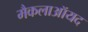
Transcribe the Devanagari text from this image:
मैकलाऑयद